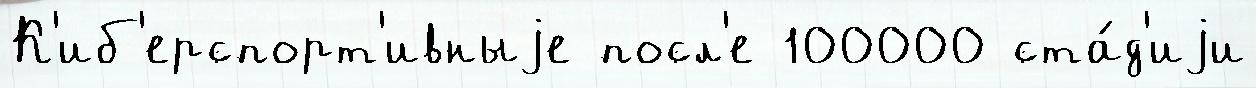
К'иб'ерспорт'ивныjе посл'е 100000 ста́д'иjи